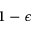
1 - \epsilon